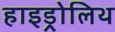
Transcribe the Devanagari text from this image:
हाइड्रोलिथ